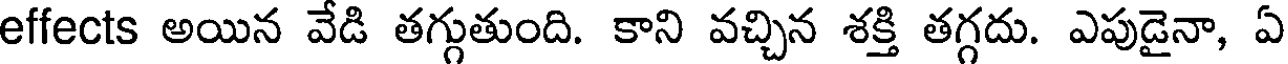
effects అయిన వేడి తగ్గుతుంది. కాని వచ్చిన శక్తి తగ్గదు. ఎపుడైనా, ఏ